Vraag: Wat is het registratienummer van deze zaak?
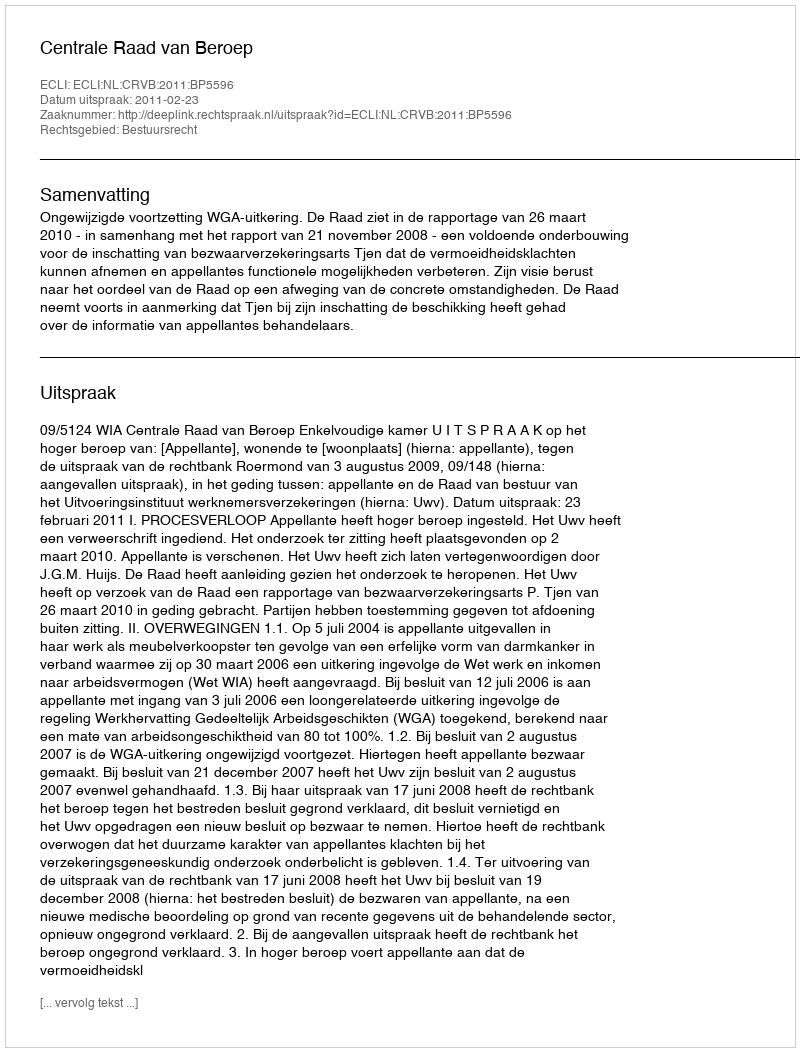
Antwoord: http://deeplink.rechtspraak.nl/uitspraak?id=ECLI:NL:CRVB:2011:BP5596